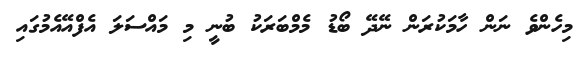
މިހެންވެ ނަން ހާމަކުރަން ނޭދޭ ބޯޑު މެމްބަރަކު ބުނީ މި މައްސަލަ އެފްއޭއެމުގައި